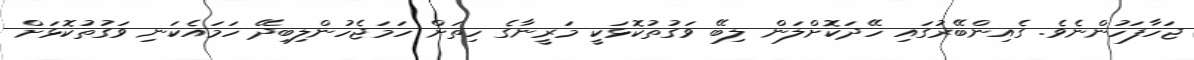
ޖަހާފަހުންނެވެ. ގެއިންބޭރުގައި ހޭދަކޮށްލަން ލިބޭ ވަގުތުކޮޅަކީ މަރީނާގެ ހިތަށް ހަމަޖެހުންލިބިދޭ ހަމައެކަނި ވަގުތުކޮޅަށް